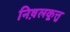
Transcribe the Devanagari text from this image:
निष़लकूत्तु